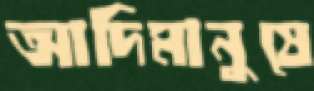
আদিমানুষে